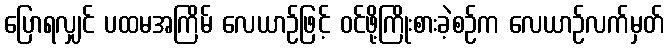
ပြောရလျှင် ပထမအကြိမ် လေယာဉ်ဖြင့် ဝင်ဖို့ကြိုးစားခဲ့စဉ်က လေယာဉ်လက်မှတ်